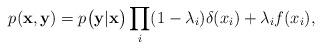
LaTeX: \begin{align*}p(\mathbf{\mathbf{x}},\mathbf{y})=p\bigl(\mathbf{y}|\mathbf{\mathbf{x}}\bigr)\prod_{i}(1-\lambda_{i})\delta(x_{i})+\lambda_{i}f(x_{i}),\end{align*}